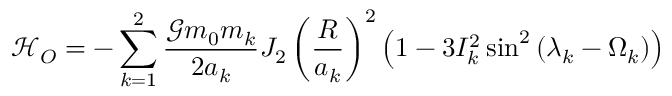
\mathcal { H } _ { O } = - \sum _ { k = 1 } ^ { 2 } \frac { \mathcal { G } m _ { 0 } m _ { k } } { 2 a _ { k } } J _ { 2 } \left( \frac { R } { a _ { k } } \right) ^ { 2 } \left( 1 - 3 I _ { k } ^ { 2 } \sin ^ { 2 } { ( \lambda _ { k } - \Omega _ { k } ) } \right)